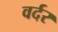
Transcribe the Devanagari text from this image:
वर्दर